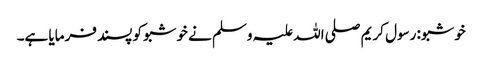
خوشبو: رسول کریم صلی اللہ علیہ وسلم نے خوشبو کو پسند فرمایا ہے۔